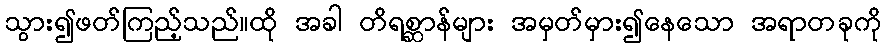
သွား၍ဖတ်ကြည့်သည်။ထို အခါ တိရစ္ဆာန်များ အမှတ်မှား၍နေသော အရာတခုကို